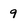
Character: 9